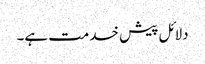
دلائل پیش خدمت ہے۔